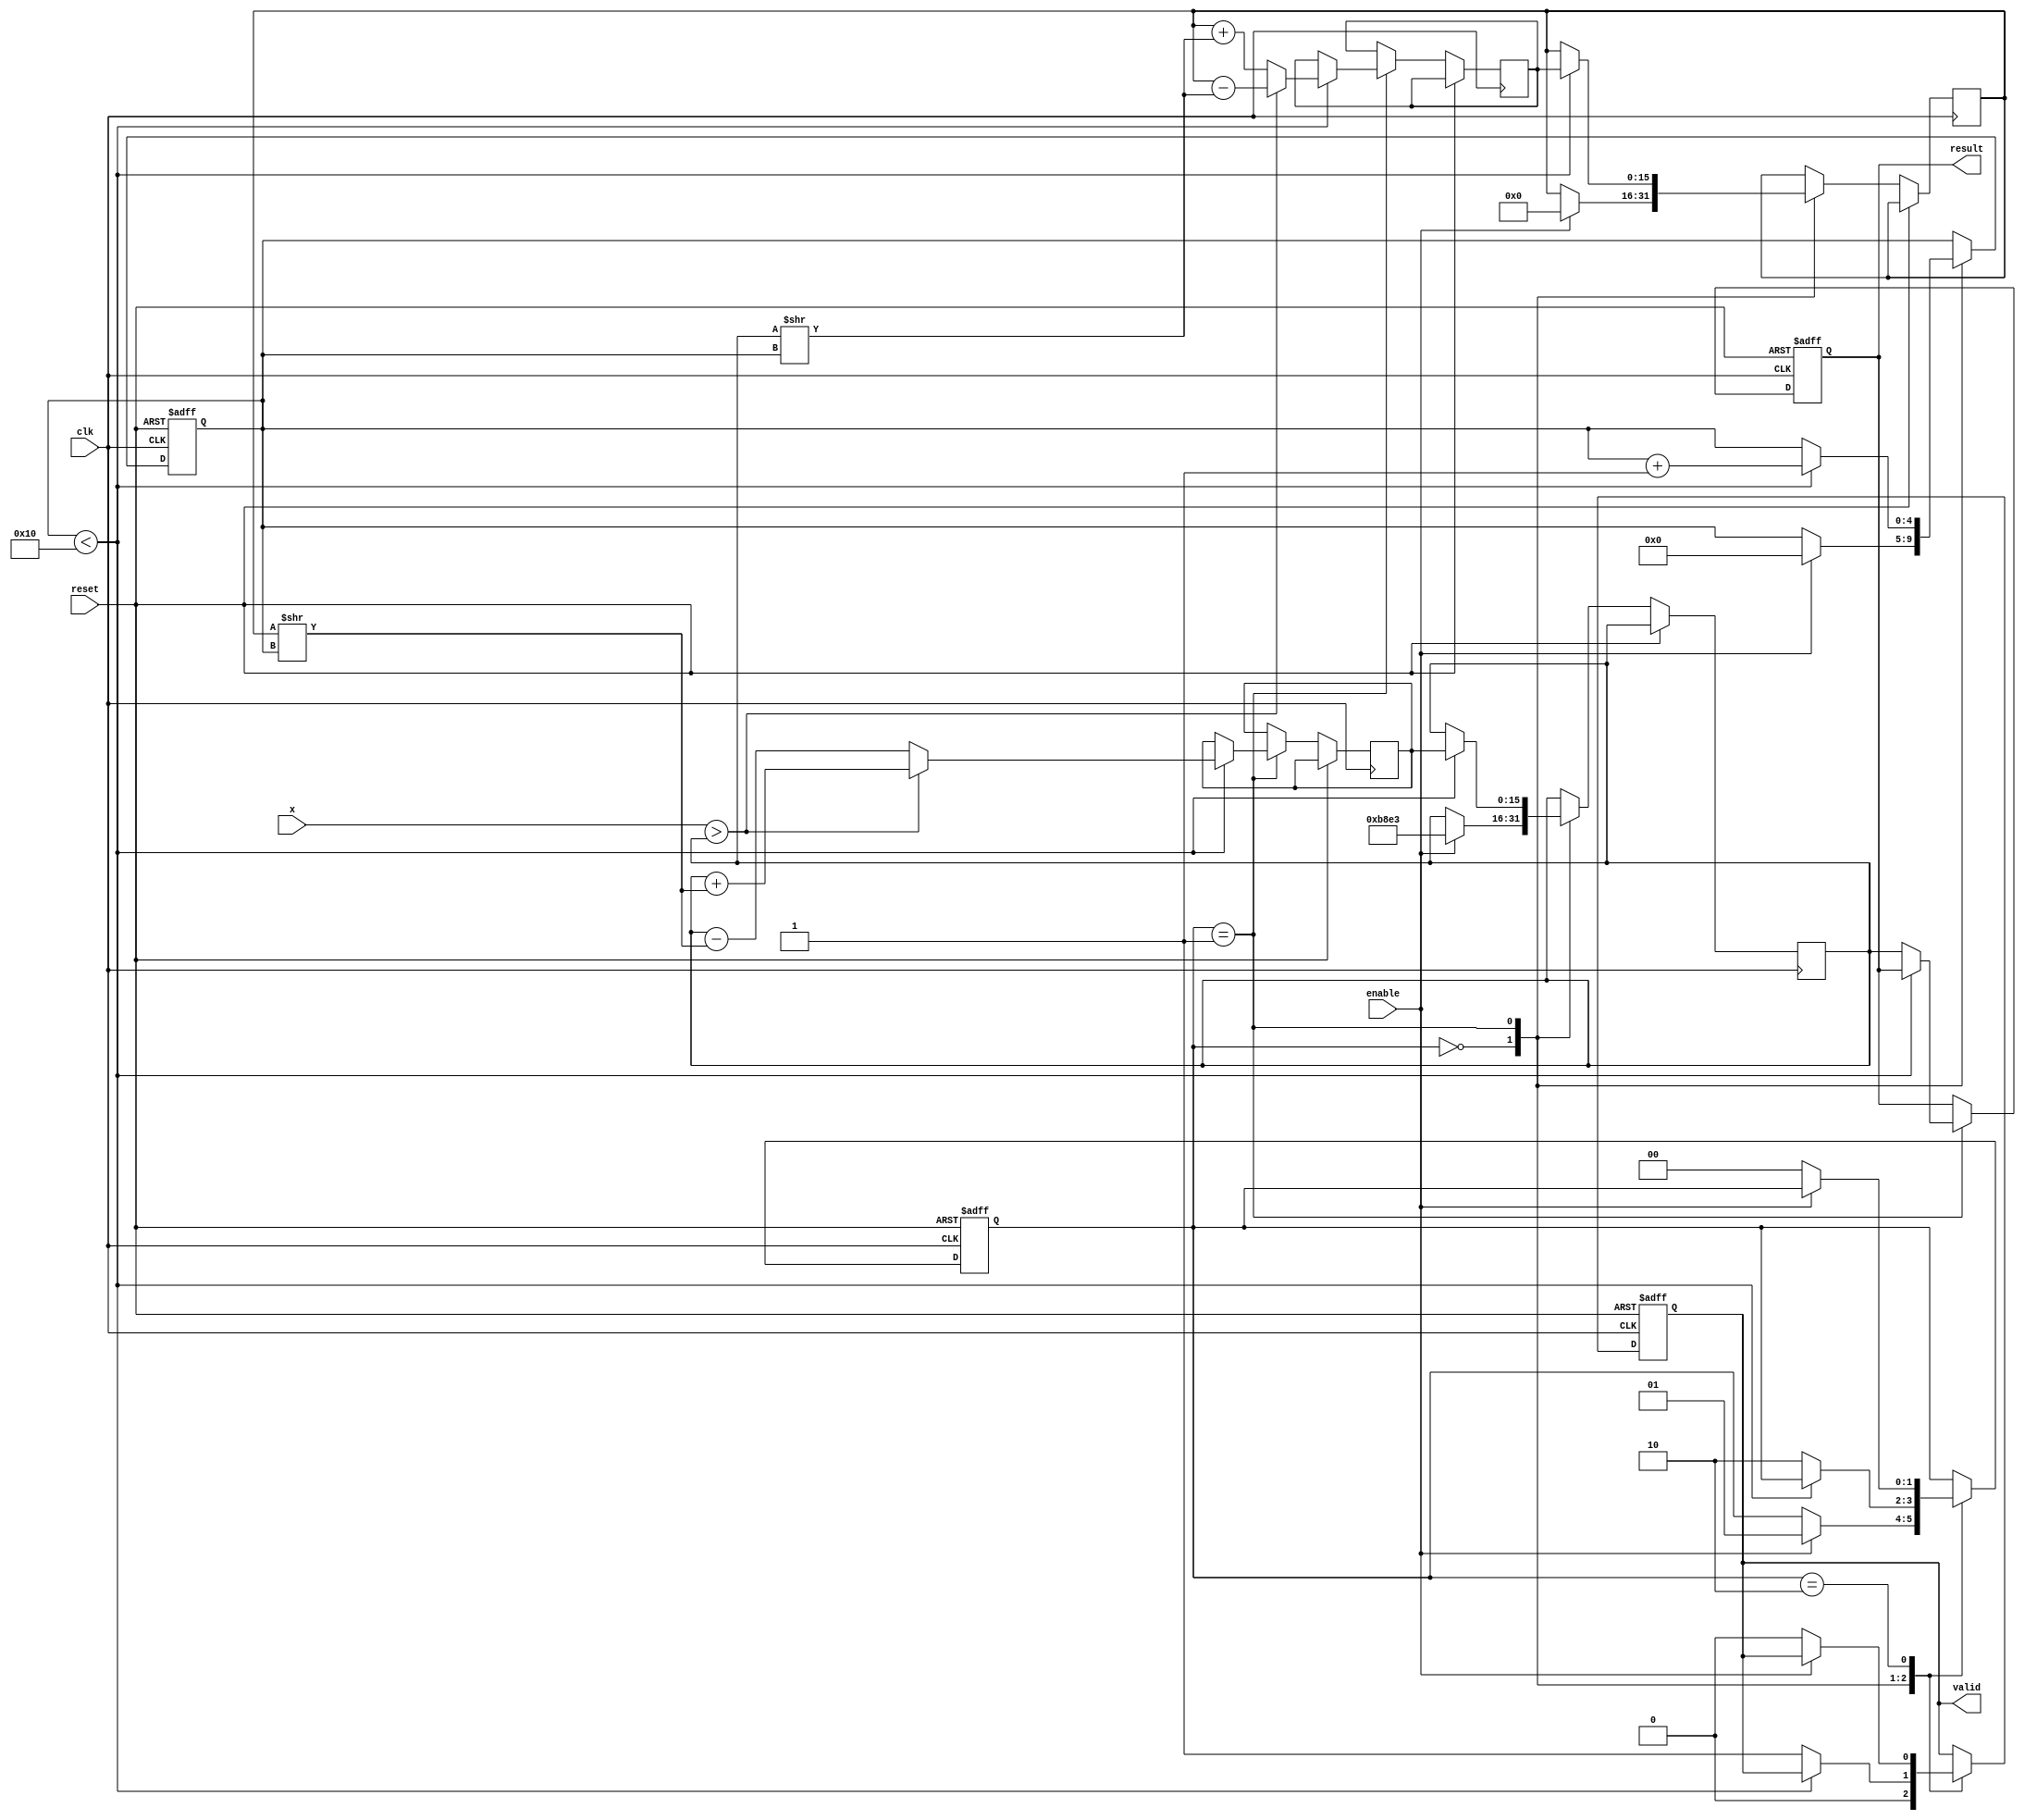
module cordic_reciprocal #(
    parameter WIDTH = 16,            // Width of input/output
    parameter ITERATIONS = 16        // Number of CORDIC iterations
)(
    input wire clk,                  // Clock signal
    input wire reset,                // Reset signal
    input wire enable,               // Enable signal
    input wire [WIDTH-1:0] x,        // Input value (fixed-point)
    output reg [WIDTH-1:0] result,   // Output reciprocal (fixed-point)
    output reg valid                 // Output valid flag
);

    // Scaling factor for the CORDIC algorithm (fixed-point)
    localparam [WIDTH-1:0] K = 16'hB8E3; // Pre-calculated scaling factor (0.607)

    // Internal signals
    reg [WIDTH-1:0] z [0:ITERATIONS-1]; // Angle values for the iterations
    reg [WIDTH-1:0] x_curr, y_curr;     // Current values of x and y
    reg [WIDTH-1:0] x_next, y_next;     // Next values of x and y
    reg [4:0] iteration_counter;         // Iteration counter
    reg [1:0] state;                     // State machine state

    // State definitions
    localparam IDLE = 2'b00;
    localparam COMPUTE = 2'b01;
    localparam DONE = 2'b10;

    // Initialize angle values for CORDIC
    initial begin
        z[0] = 0;
        z[1] = 16'h26D3; // arctan(2^-1)
        z[2] = 16'h1A6D; // arctan(2^-2)
        z[3] = 16'h0F57; // arctan(2^-3)
        z[4] = 16'h07B2; // arctan(2^-4)
        z[5] = 16'h03E0; // arctan(2^-5)
        z[6] = 16'h01FE; // arctan(2^-6)
        z[7] = 16'h00FF; // arctan(2^-7)
        z[8] = 16'h007F; // arctan(2^-8)
        z[9] = 16'h003F; // arctan(2^-9)
        z[10] = 16'h001F; // arctan(2^-10)
        z[11] = 16'h000F; // arctan(2^-11)
        z[12] = 16'h0007; // arctan(2^-12)
        z[13] = 16'h0003; // arctan(2^-13)
        z[14] = 16'h0001; // arctan(2^-14)
        z[15] = 16'h0000; // arctan(2^-15)
    end

    // State machine to control the operations
    always @(posedge clk or posedge reset) begin
        if (reset) begin
            state <= IDLE;
            iteration_counter <= 0;
            result <= 0;
            valid <= 0;
        end else begin
            case (state)
                IDLE: begin
                    valid <= 0;
                    if (enable) begin
                        // Initialize values for CORDIC
                        x_curr <= K;
                        y_curr <= 0;
                        iteration_counter <= 0;
                        state <= COMPUTE;
                    end
                end

                COMPUTE: begin
                    if (iteration_counter < ITERATIONS) begin
                        if (x > x_curr) begin
                            // Perform rotation
                            x_next <= x_curr + (y_curr >> iteration_counter);
                            y_next <= y_curr - (x_curr >> iteration_counter);
                        end else begin
                            // Perform rotation
                            x_next <= x_curr - (y_curr >> iteration_counter);
                            y_next <= y_curr + (x_curr >> iteration_counter);
                        end

                        // Update current values
                        x_curr <= x_next;
                        y_curr <= y_next;
                        iteration_counter <= iteration_counter + 1;
                    end else begin
                        // Finalize result
                        result <= x_curr;
                        valid <= 1;
                        state <= DONE;
                    end
                end

                DONE: begin
                    if (!enable) begin
                        state <= IDLE;
                        valid <= 0;
                    end
                end
            endcase
        end
    end

endmodule